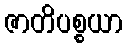
ဇာတိပစ္စယာ